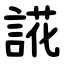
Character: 誮